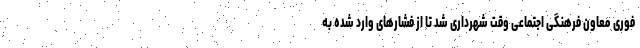
فوری معاون فرهنگی اجتماعی وقت شهرداری شد تا از فشارهای وارد شده به